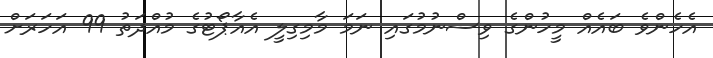
އެހެންވެ ބައެއް މީހުންގެ ވިސްނުމުގައި ނަމަ މާމިގިލީ އެއާޕޯޓުގެ މުއްދަތު 99 އަހަރަށް